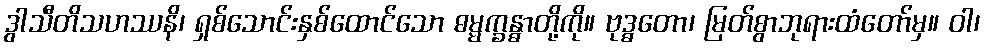
ဒွါသီတိသဟဿနိ၊ ရှစ်သောင်းနှစ်ထောင်သော ဓမ္မက္ခန္ဓာတို့ကို။ ဗုဒ္ဓတော၊ မြတ်စွာဘုရားထံတော်မှ။ ဝါ၊